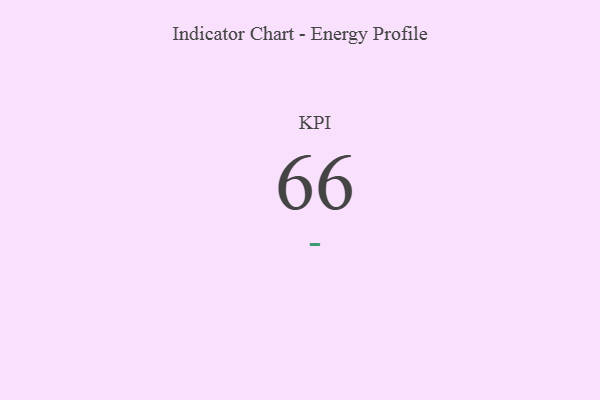
{"axis": {"x": "KPI", "y": "Value"}, "legend": [""], "data": [{"x": "KPI", "y": 66, "type": ""}]}